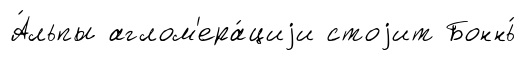
А́льпы аглом'ера́циjи стоjит Боннь́